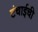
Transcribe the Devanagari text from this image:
टंचाईची